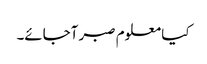
کیا معلوم صبر آجائے۔